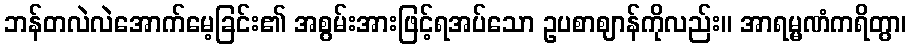
ဘန်တလဲလဲအောက်မေ့ခြင်း၏ အစွမ်းအားဖြင့်ရအပ်သော ဥပစာဈာန်ကိုလည်း။ အာရမ္မဏံကရိတွာ၊